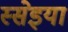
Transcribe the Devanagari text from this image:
स्सेइया